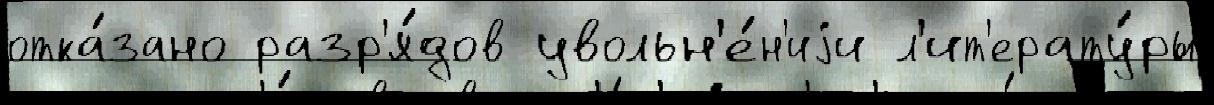
отка́зано разр'я́дов увольн'е́н'иjи л'ит'ерату́ры